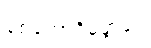
စေတောဝိမုတ္တိံပေ